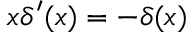
x \delta ^ { \prime } ( x ) = - \delta ( x )